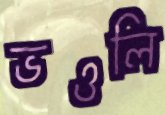
ভওলি